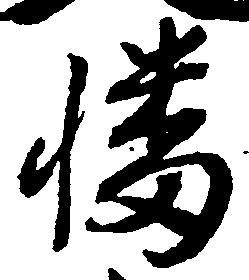
幡